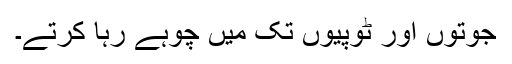
جوتوں اور ٹوپیوں تک میں چوہے رہا کرتے۔